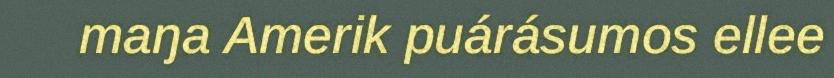
maŋa Amerik puárásumos ellee